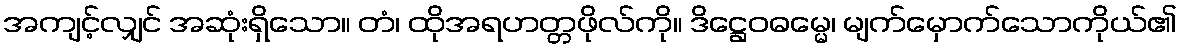
အကျင့်လျှင် အဆုံးရှိသော။ တံ၊ ထိုအရဟတ္တဖိုလ်ကို။ ဒိဋ္ဌေဝဓမ္မေ၊ မျက်မှောက်သောကိုယ်၏